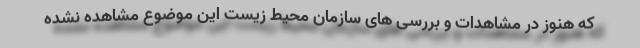
که هنوز در مشاهدات و بررسی های سازمان محیط زیست این موضوع مشاهده نشده